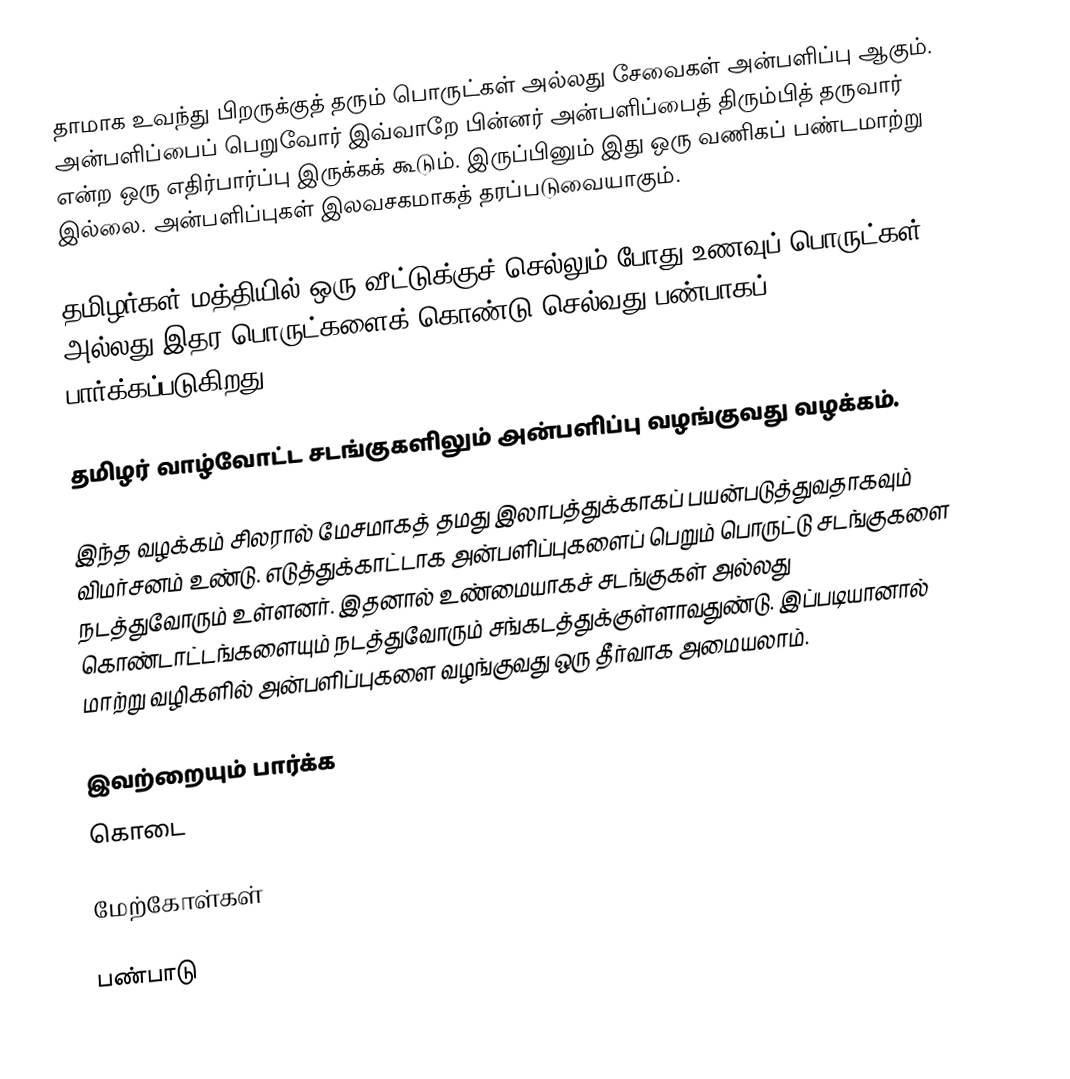
தாமாக உவந்து பிறருக்குத் தரும் பொருட்கள் அல்லது சேவைகள் அன்பளிப்பு ஆகும். அன்பளிப்பைப் பெறுவோர் இவ்வாறே பின்னர் அன்பளிப்பைத் திரும்பித் தருவார் என்ற ஒரு எதிர்பார்ப்பு இருக்கக் கூடும். இருப்பினும் இது ஒரு வணிகப் பண்டமாற்று இல்லை. அன்பளிப்புகள் இலவசகமாகத் தரப்படுவையாகும்.

தமிழர்கள் மத்தியில் ஒரு வீட்டுக்குச் செல்லும் போது உணவுப் பொருட்கள் அல்லது இதர பொருட்களைக் கொண்டு செல்வது பண்பாகப் பார்க்கப்படுகிறது.

தமிழர் வாழ்வோட்ட சடங்குகளிலும் அன்பளிப்பு வழங்குவது வழக்கம்.

இந்த வழக்கம் சிலரால் மேசமாகத் தமது இலாபத்துக்காகப் பயன்படுத்துவதாகவும் விமர்சனம் உண்டு. எடுத்துக்காட்டாக அன்பளிப்புகளைப் பெறும் பொருட்டு சடங்குகளை நடத்துவோரும் உள்ளனர். இதனால் உண்மையாகச் சடங்குகள் அல்லது கொண்டாட்டங்களையும் நடத்துவோரும் சங்கடத்துக்குள்ளாவதுண்டு. இப்படியானால் மாற்று வழிகளில் அன்பளிப்புகளை வழங்குவது ஒரு தீர்வாக அமையலாம்.

இவற்றையும் பார்க்க
  கொடை

மேற்கோள்கள்

பண்பாடு